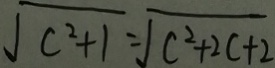
\sqrt { c ^ { 2 } + 1 } = \sqrt { c ^ { 2 } + 2 c + 2 }